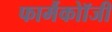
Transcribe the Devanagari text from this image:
फार्मैकोॉजी